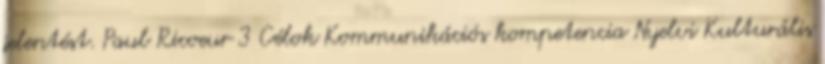
jelentést. Paul Ricoeur 3 Célok Kommunikációs kompetencia Nyelvi Kulturális